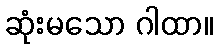
ဆုံးမသော ဂါထာ။